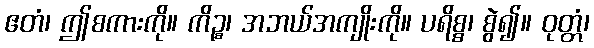
ဧတံ၊ ဤစကားကို။ ကိဉ္စ၊ အဘယ်အကျိုးကို။ ပရိစ္စ၊ စွဲ၍။ ဝုတ္တံ၊